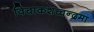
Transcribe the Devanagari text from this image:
विचाकशच्चन्द्रमा